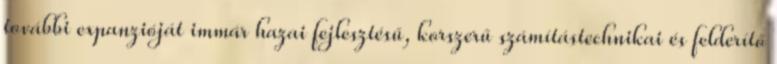
további expanzióját immár hazai fejlesztésű, korszerű számítástechnikai és felderítő